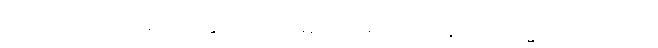
ပညာယ၊ ပညာဖြင့်။ အနုဂ္ဂဟိဿာမိ၊ ငါယူရပါအံ့။ ဣတိ တသ္မာ၊ ထိုကြောင့်။